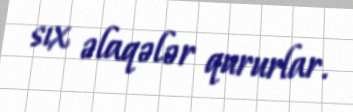
sıx əlaqələr qururlar.